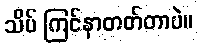
သိပ် ကြင်နာတတ်တာပဲ။